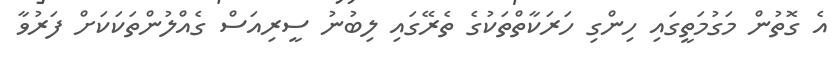
އެ ގޮތުން މަގުމަތީގައި ހިންގި ހަރަކާތްތަކުގެ ތެރޭގައި ލިބުނު ސީރިއަސް ގެއްލުންތަކަކަށް ފަރުވާ